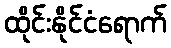
ထိုင်းနိုင်ငံရောက်